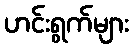
ဟင်းရွက်များ